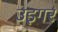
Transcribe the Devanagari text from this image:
उइगर